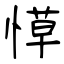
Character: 愺